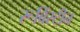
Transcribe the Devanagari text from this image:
रूबिंस्टीन